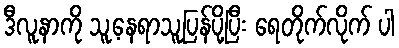
ဒီလူနာကို သူ့နေရာသူပြန်ပို့ပြီး ရေတိုက်လိုက် ပါ